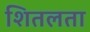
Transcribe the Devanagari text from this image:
शितलता